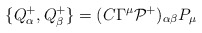
\begin{align*}\{Q^+_\alpha,Q^+_\beta\} = (C\Gamma^\mu {\cal P}^+ )_{\alpha\beta} P_\mu\end{align*}